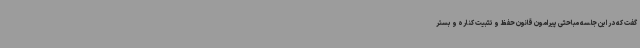
گفت که در این جلسه مباحثی پیرامون قانون حفظ و تثبیت کناره و بستر